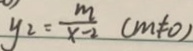
y _ { 2 } = \frac { m } { x - 2 } ( m \neq 0 )